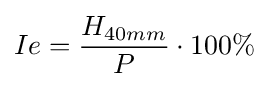
Ie={\frac {H_{40mm}}{P}}\cdot 100\%